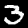
Digit: 3